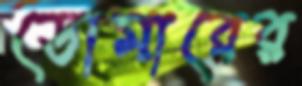
ডোমারের